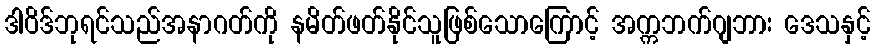
ဒါဝိဒ်ဘုရင်သည်အနာဂတ်ကို နမိတ်ဖတ်နိုင်သူဖြစ်သောကြောင့် အက္ကဘက်ဂျဘား ဒေသနှင့်